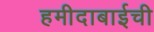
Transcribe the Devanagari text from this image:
हमीदाबाईची